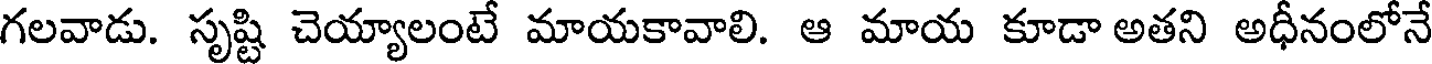
గలవాడు. సృష్టి చెయ్యాలంటే మాయకావాలి. ఆ మాయ కూడా అతని అధీనంలోనే